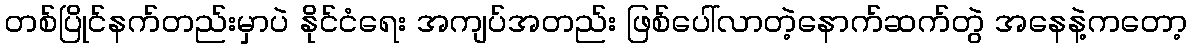
တစ်ပြိုင်နက်တည်းမှာပဲ နိုင်ငံရေး အကျပ်အတည်း ဖြစ်ပေါ်လာတဲ့နောက်ဆက်တွဲ အနေနဲ့ကတော့